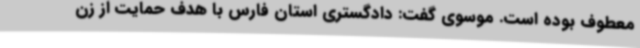
معطوف بوده است. موسوی گفت: دادگستری استان فارس با هدف حمایت از زن